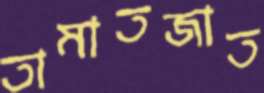
তামাতজাত